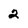
Character: 2